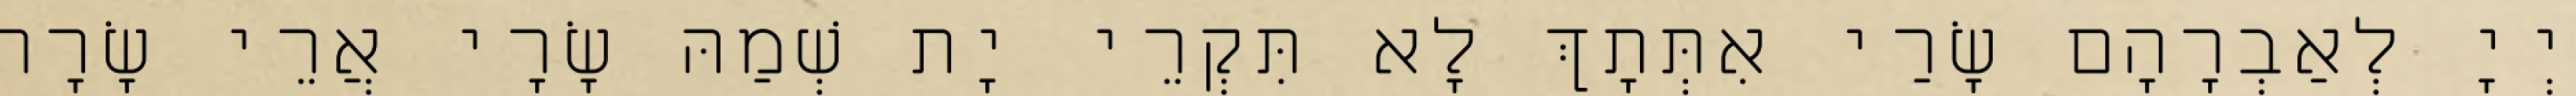
יְיָ לְאַבְרָהָם שָׂרַי אִתְּתָךְ לָא תִּקְרֵי יָת שְׁמַהּ שָׂרָי אֲרֵי שָׂרָה